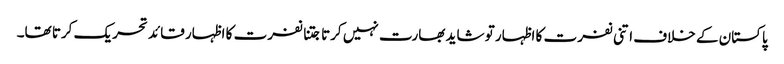
پاکستان کے خلاف اتنی نفرت کا اظہار تو شاید بھارت نہیں کرتا جتنا نفرت کا اظہار قائد تحریک کرتا تھا۔